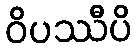
ဝိပဿီပိ